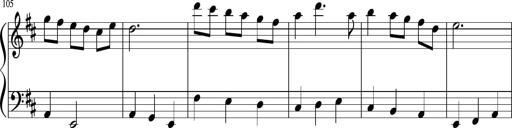
Title: Sonatine Nr.1 in C-Dur
Composer: DÃ©sirÃ©e Manns
Key: C major